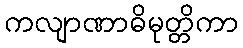
ကလျာဏာဓိမုတ္တိကာ